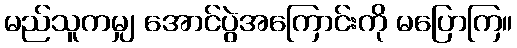
မည်သူကမျှ အောင်ပွဲအကြောင်းကို မပြောကြ။